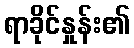
ရာခိုင်နှုန်း၏